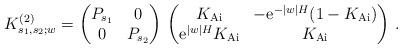
LaTeX: \begin{align*}K^{(2)}_{s_1,s_2;w} = \begin{pmatrix} P_{s_1} & 0 \\ 0 & P_{s_2} \\\end{pmatrix}\,\begin{pmatrix} K_{\rm Ai} & - \mathrm{e}^{-|w| H}(1- K_{\rm Ai}) \\ \mathrm{e}^{|w|H} K_{\rm Ai} & K_{\rm Ai} \\\end{pmatrix}\,.\end{align*}